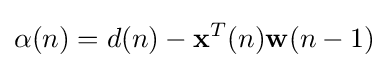
\alpha (n)=d(n)-\mathbf {x} ^{T}(n)\mathbf {w} (n-1)